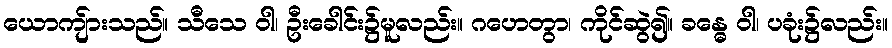
ယောကျ်ားသည်။ သီသေ ဝါ၊ ဦးခေါင်း၌မူလည်း။ ဂဟေတွာ၊ ကိုင်ဆွဲ၍။ ခန္ဓေ ဝါ၊ ပခုံး၌လည်း။